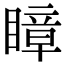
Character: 瞕